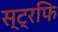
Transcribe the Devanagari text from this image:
स्ट्रफि